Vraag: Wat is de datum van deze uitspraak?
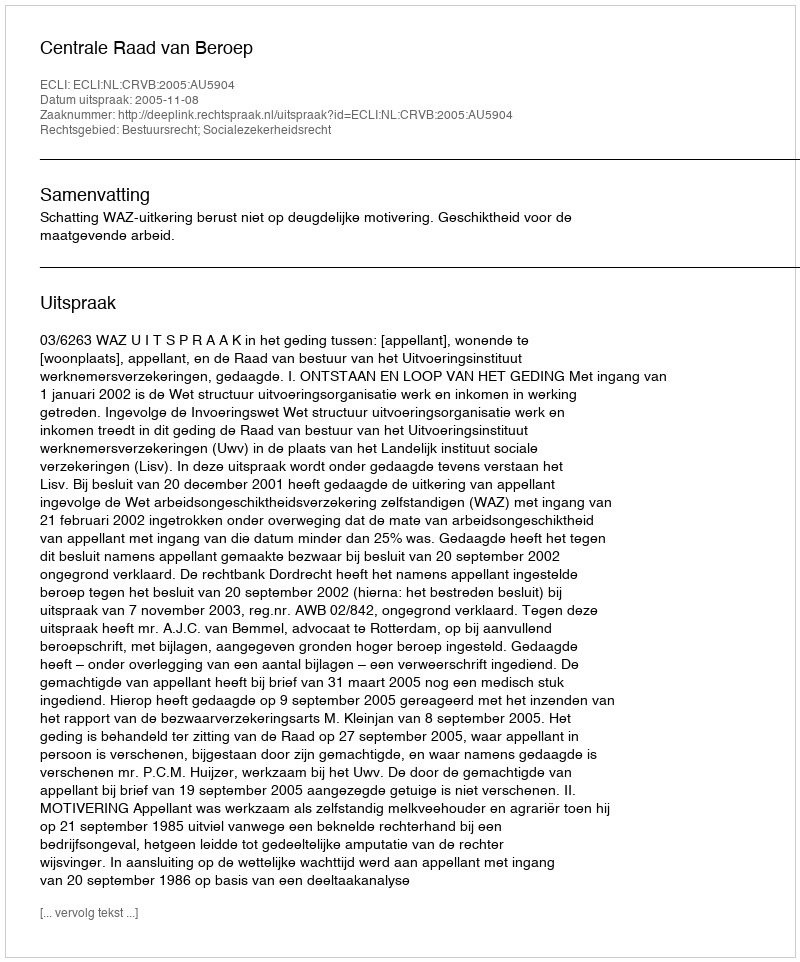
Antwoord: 2005-11-08